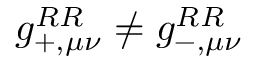
g _ { + , \mu \nu } ^ { R R } \neq g _ { - , \mu \nu } ^ { R R }